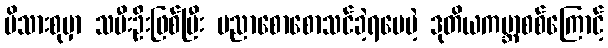
မိသားစုမှာ သမီးဦးဖြစ်ပြီး ပညာစောစောသင်ခဲ့ရပေမဲ့ ဒုတိယကမ္ဘာစစ်ကြောင့်